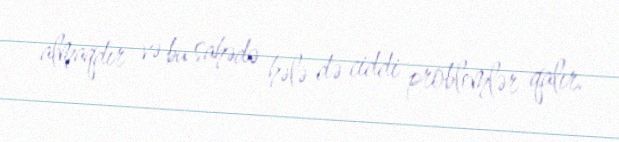
almaqdır və bu sahədə hələ də ciddi problemlər qalır.